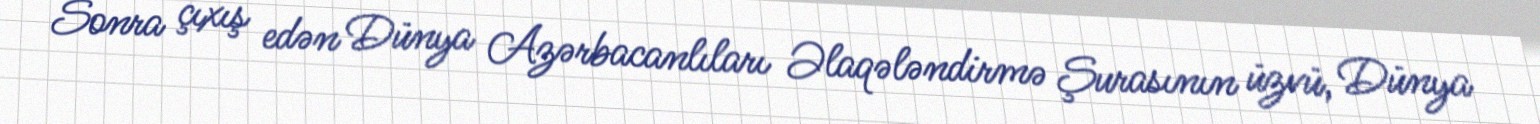
Sonra çıxış edən Dünya Azərbacanlıları Əlaqələndirmə Şurasının üzvü, Dünya